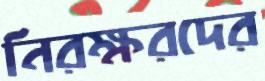
নিরক্ষরদের